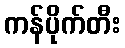
ကန်ပိုက်တီး